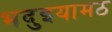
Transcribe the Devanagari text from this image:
भदुइयामठ